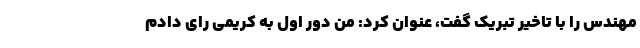
مهندس را با تاخیر تبریک گفت، عنوان کرد: من دور اول به کریمی رای دادم